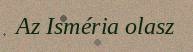
Az Isméria olasz